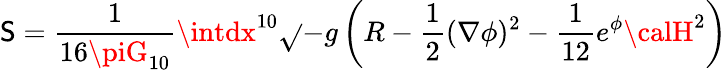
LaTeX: \mathsf{S}={\frac{{1}}{{16\piG_{10}}}}\intdx^{10}\sqrt{}{{-g}}\left(R-{\frac{{1}}{{2}}}(\nabla\phi)^{2}-{\frac{{1}}{{12}}}e^{\phi}{\calH}^{2}\right)